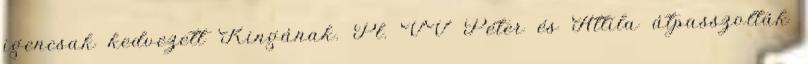
igencsak kedvezett Kingának. Pl. VV Péter és Attila átpasszolták